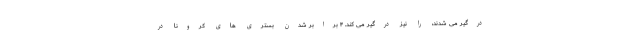
درگیر می شدند، را نیز درگیر می کند. ۴ برابر شدن بستری های کرونا در